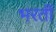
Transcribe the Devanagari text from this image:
भरतीं